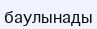
баулынады